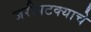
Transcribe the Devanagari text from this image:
जरीपटक्याचे